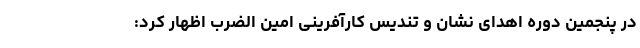
در پنجمین دوره اهدای نشان و تندیس کارآفرینی امین الضرب اظهار کرد: